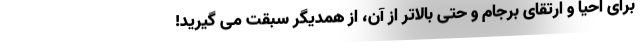
برای احیا و ارتقای برجام و حتی بالاتر از آن، از همدیگر سبقت می گیرید!